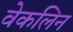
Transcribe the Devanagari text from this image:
वेकलिन